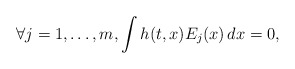
\begin{align*} \forall j=1,\ldots,m,\int h(t,x)E_j(x)\,dx=0,\end{align*}